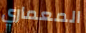
المعماري